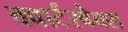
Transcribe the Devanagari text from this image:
क्वार्टरबैक्स